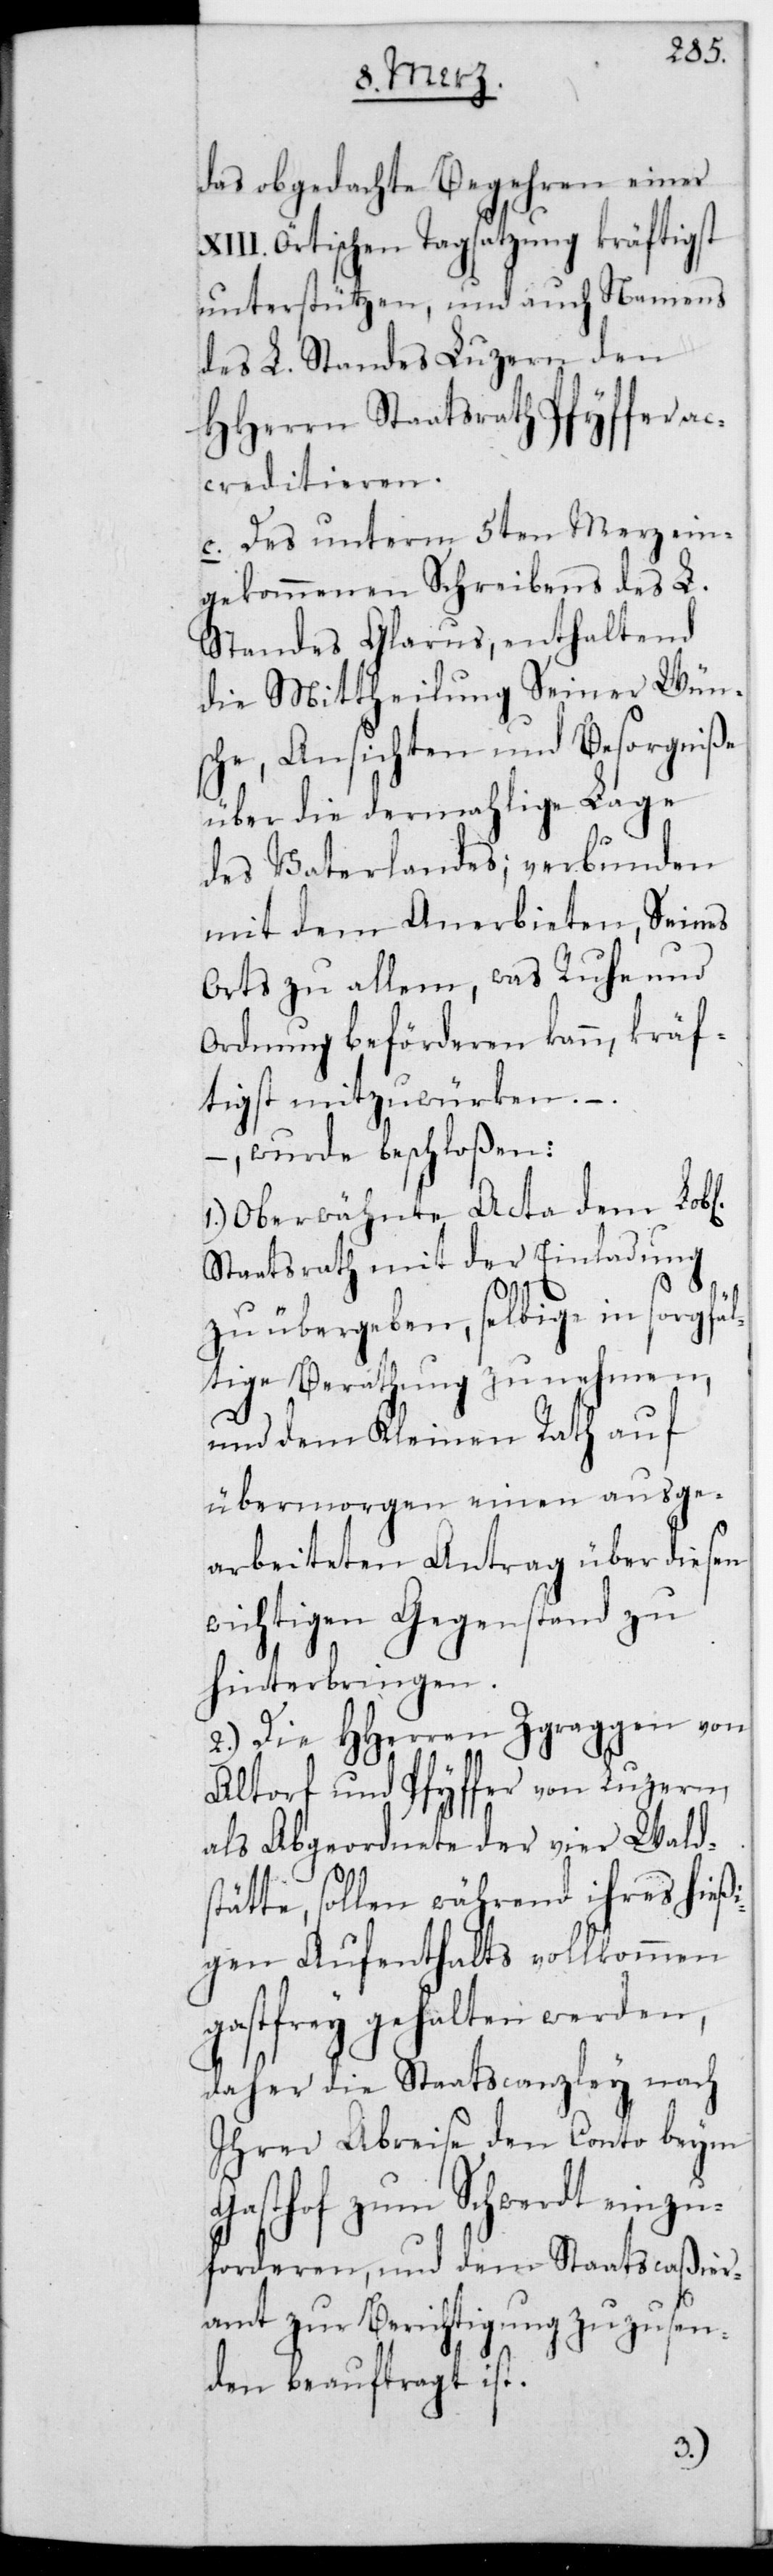
das obgedachte Begehren einer
XIII. örtischen Tagsatzung kräftigst
unterstützen, und auch namens
des L. Standes Luzern den
HHerren Staatsrath Pfyffer ac¬
creditieren.
c. Des unterm 5ten Merz ein¬
gekommenen Schreibens des L.
Standes Glarus, enthaltend
die Mittheilung Seiner Wüns¬
che, Ansichten und Besorgniße
über die dermahlige Lage
des Vaterlandes; verbunden
mit dem Anerbieten, seines
Orts zu allem, was Ruhe und
Ordnung beförderen kann, kräf¬
tigst mitzuwürken, –
wurde beschloßen:
1.) Obererwähnte Acta dem L.
Staatsrath mit der Einladung
zu übergeben, selbige in sorgfäl¬
tige Berathung zu nehmen,
und dem Kleinen Rath auf
übermorgen einen ausge¬
arbeiteten Antrag über diesen
wichtigen Gegenstand zu
hinterbringen.
2.) Die HHerren Zgraggen von
Altorf und Pfyffer von Luzern,
als Abgeordnete der vier Walds¬
tätte, sollen während ihres hießi¬
gen Aufenthalts vollkommen
gastfrei gehalten werden,
daher die Staatscanzley nach
ihrer Abreise den Conto beym
Gasthof zum Schwerdt einzu¬
forderen, und dem Staatscaßier¬
amt zur Berichtigung zuzusen¬
den beauftragt ist.